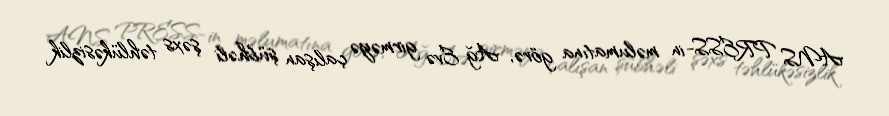
ANS PRESS-in məlumatına görə, Ağ Evə girməyə çalışan şübhəli şəxs təhlükəsizlik